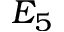
E _ { 5 }